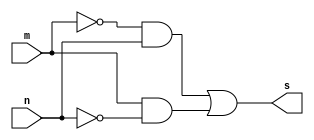
// Guiaa 01 - EXTRA
// Nome:Raphaela Fernanda Silva




// XOREX

module XOREX (s, m, n);
output s;
input m, n;

assign s = (~ m & n | m & ~ n);

endmodule







// TESTE XOREX

module testeXOREX;
reg m, n;
wire s;

XOREX XOR1 (s, m, n); 

initial begin:start

 m=0; n=0; 
 
 end
 
 
 
 initial begin : main
 
 $display("Guia 01 - Raphaela Fernanda Silva - 420141");
 $display("Teste XOREX");
 $display(" s = (~ m & n | m & ~ n) ");
 #1 $display(" %b      %b   %b   %b     %b  ",s,~m,n,m,~n);
 #1 m=0; n=1;
 #1 $display(" %b      %b   %b   %b     %b  ",s,~m,n,m,~n);
 #1 m=1; n=0; 
 #1 $display(" %b      %b   %b   %b     %b  ",s,~m,n,m,~n);
 #1 m=1; n=1; 
 #1 $display(" %b      %b   %b   %b     %b  ",s,~m,n,m,~n);
 
 
 end
 
 endmodule